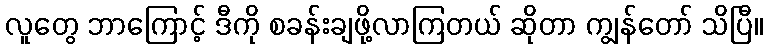
လူတွေ ဘာကြောင့် ဒီကို စခန်းချဖို့လာကြတယ် ဆိုတာ ကျွန်တော် သိပြီ။